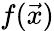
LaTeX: f(\vec{x})